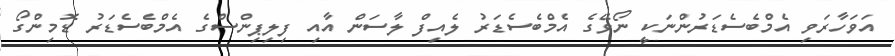
އަވަހާރަވި އެމްބެސެޑަރުންނަކީ ނޯވޭގެ އެމްބެސެޑަރު ލެއިފް ލާސަން އާއި ފިލިޕިންސްގެ އެމްބެސެޑަރު ޑޮމިންގޯ